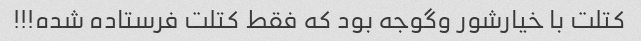
کتلت با خیارشور و‌گوجه بود که فقط کتلت فرستاده شده!!!